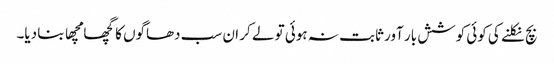
بچ نکلنے کی کوئی کوشش بار آور ثابت نہ ہوئی تو لے کر ان سب دھاگوں کا گچھا مچھا بنا دیا۔